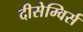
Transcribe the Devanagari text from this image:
दीसेम्विर्स